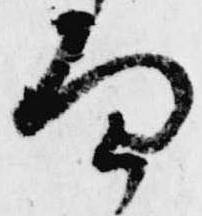
面